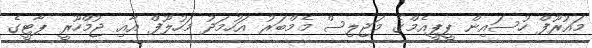
މައުރޫފް ހުސައިން ޕީޕީއެމްގެ މަޖިލިސް މެމްބަރު އަހުމަދު މަހުލޫފް އާއި ޖުމްހޫރީ ޕާޓީގެ